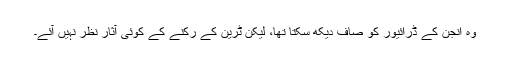
وہ انجن کے ڈرائیور کو صاف دیکھ سکتا تھا، لیکن ٹرین کے رکنے کے کوئی آثار نظر نہیں آئے۔